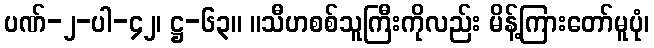
ပဏ်-၂-ပါ-၄၂၊ ဋ္ဌ-၆၃။ ။သီဟစစ်သူကြီးကိုလည်း မိန့်ကြားတော်မူပုံ၊